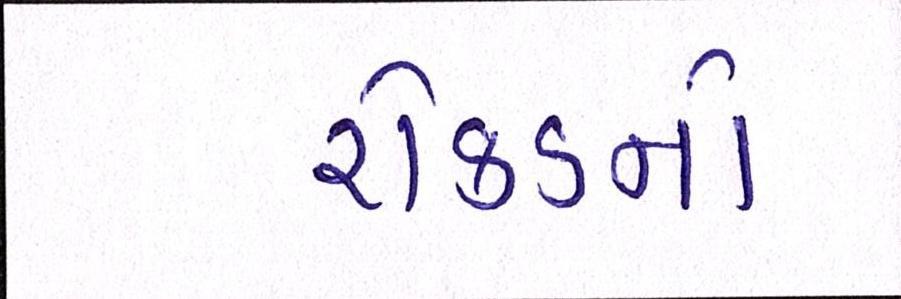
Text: રોકડનો